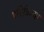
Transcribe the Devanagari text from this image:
परित्रिज्या